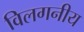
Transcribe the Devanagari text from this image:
विलगनीय